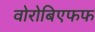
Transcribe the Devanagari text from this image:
वोरोबिएफफ